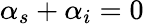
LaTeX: \alpha_{s}+\alpha_{i}=0